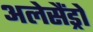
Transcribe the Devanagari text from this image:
अलेसैंड्रो